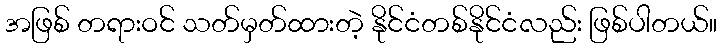
အဖြစ် တရားဝင် သတ်မှတ်ထားတဲ့ နိုင်ငံတစ်နိုင်ငံလည်း ဖြစ်ပါတယ်။